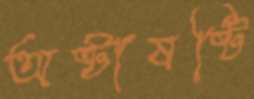
অষ্টাষষ্টি